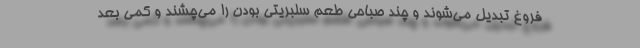
فروغ تبدیل می‌شوند و چند صباحی طعم سلبریتی بودن را می‌چشند و کمی بعد